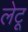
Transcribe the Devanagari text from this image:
लेटू